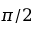
\pi / 2